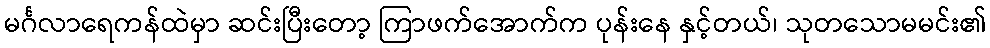
မင်္ဂလာရေကန်ထဲမှာ ဆင်းပြီးတော့ ကြာဖက်အောက်က ပုန်းနေ နှင့်တယ်၊ သုတသောမမင်း၏